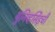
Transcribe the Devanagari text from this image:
युनिव्हर्सिड़ची